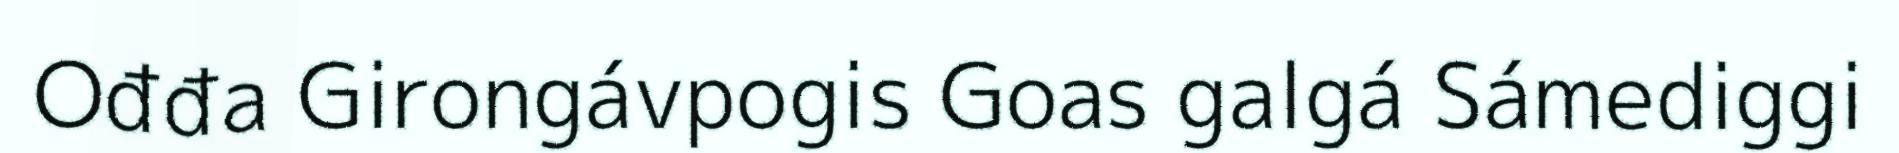
Ođđa Girongávpogis Goas galgá Sámediggi